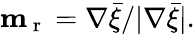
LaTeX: \textbf{m}_{\mathrm{~r~}}=\nabla\bar{\xi}/|\nabla\bar{\xi}|.